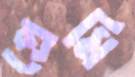
প্রেমি